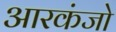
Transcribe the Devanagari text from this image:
आरकंजो